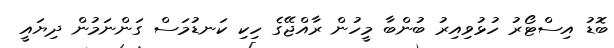
ބޮޑު އިސްޓޯރު ހުޅުވިއިރު ބުންބާ މީހުން ރާއްޖޭގެ ހިކި ކަނޑުމަސް ގަންނަމުން ދިޔައީ